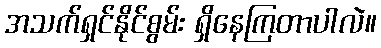
အသက်ရှင်နိုင်စွမ်း ရှိနေကြတာပါလဲ။